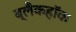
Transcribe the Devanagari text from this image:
ब्लैकहॉक